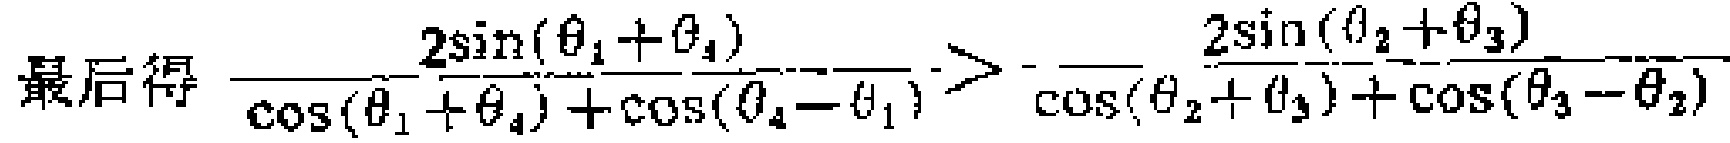
最后得 \(\frac{2\sin(\theta_{1}+\theta_{4})}{\cos(\theta_{1}+\theta_{4})+\cos(\theta_{4}-\theta_{1})}>\frac{2\sin(\theta_{2}+\theta_{3})}{\cos(\theta_{2}+\theta_{3})+\cos(\theta_{3}-\theta_{2})}\)